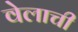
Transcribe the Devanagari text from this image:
वेलाची